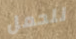
للحمل